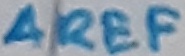
Text: AREF